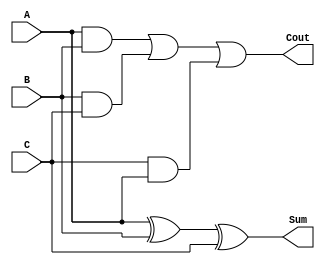
`timescale 1ns / 1ps
//////////////////////////////////////////////////////////////////////////////////
// Company: 
// Engineer: 
// 
// Design Name: 
// Module Name: Adder
// Project Name: 
// Target Devices: 
// Tool Versions: 
// Description: 
// 
// Dependencies: 
// 
// Revision:
// Revision 0.01 - File Created
// Additional Comments:
// 
//////////////////////////////////////////////////////////////////////////////////


module Adder(
    output Cout,
    output Sum,
    input A,
    input B,
    input C
    );
    assign Sum =A^B^C;
    assign Cout =(A&B)|(B&C)|(C&A);
endmodule